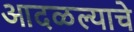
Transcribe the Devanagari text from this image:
आदळल्याचे